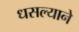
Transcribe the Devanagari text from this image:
धसल्याने